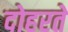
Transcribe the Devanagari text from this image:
दोहरते